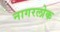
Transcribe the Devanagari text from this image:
नागरलोक